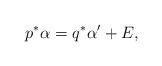
LaTeX: \begin{align*}p^*\alpha=q^*\alpha'+E, \end{align*}